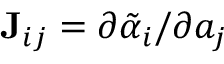
\mathbf { J } _ { i j } = \partial \Tilde { \alpha } _ { i } / \partial a _ { j }